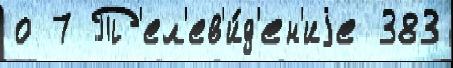
о 7 Т'ел'ев'и́д'ен'иjе 383